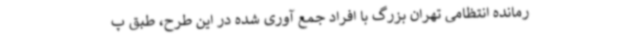
رمانده انتظامی تهران بزرگ با افراد جمع آوری شده در این طرح، طبق پ